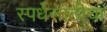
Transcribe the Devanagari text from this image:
स्पर्धेसाठीचा